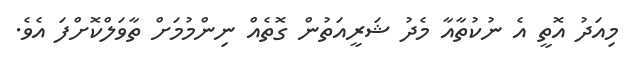
މިއަދު އޮތީ އެ ނުކުތާއާ މެދު ޝަރީއަތުން ގޮތެއް ނިންމުމަށް ތާވަލްކޮށްފަ އެވެ.